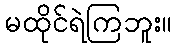
မထိုင်ရဲကြဘူး။